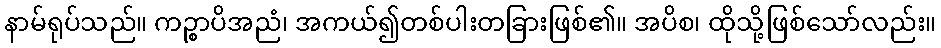
နာမ်ရုပ်သည်။ ကဉ္စာပိအညံ၊ အကယ်၍တစ်ပါးတခြားဖြစ်၏။ အပိစ၊ ထိုသို့ဖြစ်သော်လည်း။